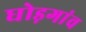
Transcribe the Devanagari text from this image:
घोड़गांव